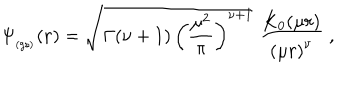
LaTeX: \Psi _ { _ \mathrm { ( g s ) } } ( { \bf r } ) = \sqrt { \Gamma ( \nu + 1 ) \, \left( \frac { \mu ^ { 2 } } { \pi } \right) ^ { \nu + 1 } } \; \frac { K _ { 0 } ( \mu r ) } { \left( \mu r \right) ^ { \nu } } \; ,